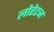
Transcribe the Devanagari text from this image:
लोरेटन